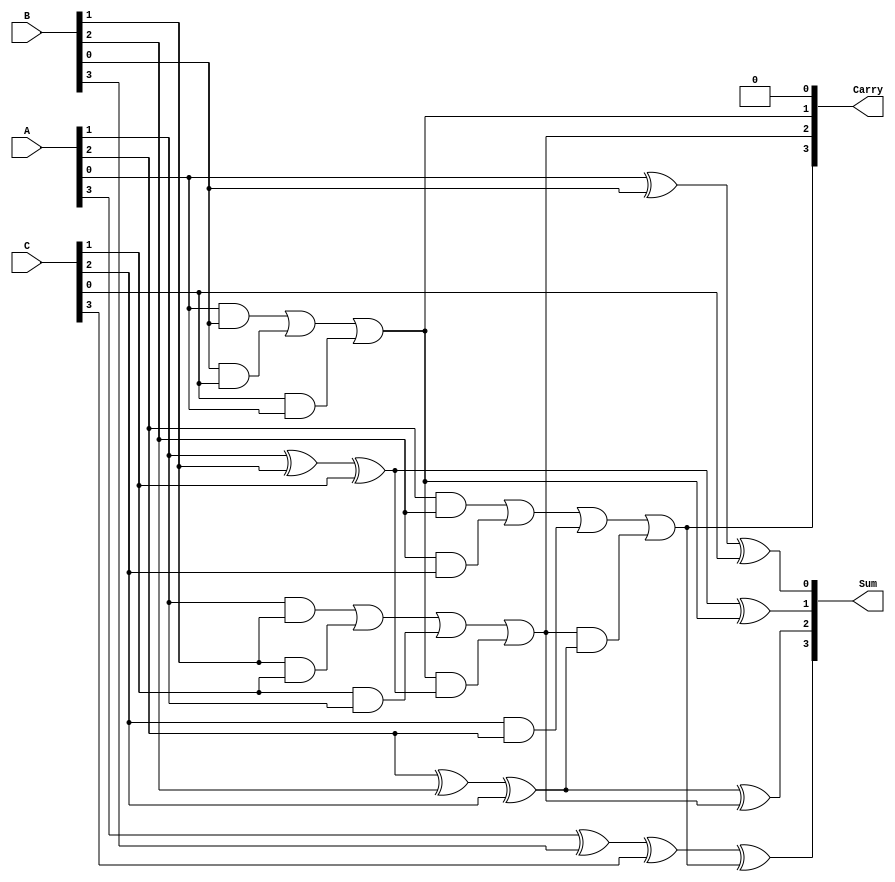
module RippleCarrySaveAdder #(parameter n = 4) (
    input  [n-1:0] A,  // First n-bit input
    input  [n-1:0] B,  // Second n-bit input
    input  [n-1:0] C,  // Third n-bit input
    output [n-1:0] Sum, // n-bit Sum output
    output [n-1:0] Carry // n-bit Carry output
);

    wire [n:0] carry; // Carry wires for each bit position

    // Initialize the first carry to 0
    assign carry[0] = 1'b0;

    // Generate full adders for each bit position
    genvar i;
    generate
        for (i = 0; i < n; i = i + 1) begin : full_adder
            // Full adder logic
            assign Sum[i] = A[i] ^ B[i] ^ C[i] ^ carry[i]; // Sum calculation
            assign carry[i + 1] = (A[i] & B[i]) | (B[i] & C[i]) | (C[i] & A[i]) | (carry[i] & (A[i] ^ B[i] ^ C[i])); // Carry calculation
        end
    endgenerate

    // Assign the final carry output
    assign Carry = carry[n-1:0];

endmodule